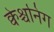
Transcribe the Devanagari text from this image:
क्वेश्चनिंग